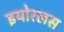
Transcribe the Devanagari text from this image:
इयोरलस